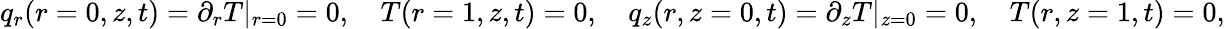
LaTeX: \begin{array}{r}{q_{r}(r=0,z,t)=\partial_{r}T|_{r=0}=0,\quad T(r=1,z,t)=0,\quad q_{z}(r,z=0,t)=\partial_{z}T|_{z=0}=0,\quad T(r,z=1,t)=0,}\end{array}